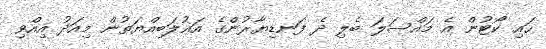
ހައި ކޯޓުން އެ މައްސަލަ ބެލި ދެ ފަނޑިޔާރުންގެ އަޣުލަބިއްޔަތުން މިއަދު އިއްވި